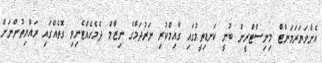
އެންވަޔަރަމަންޓް މިނިސްޓްރީން ބުނީ ކަނޑިތީމުގައި ގާއިމްކުރި ނަރުދަމާގެ ނިޒާމް ދެމެހެއްޓެނިވި ގޮތެއްގައި ރައްޔިތުންނަށް